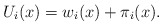
\begin{align*}U_i(x) = w_i(x) + \pi_i(x).\end{align*}